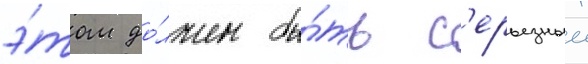
э́том до́лжен бы́ть с'ерьезныи